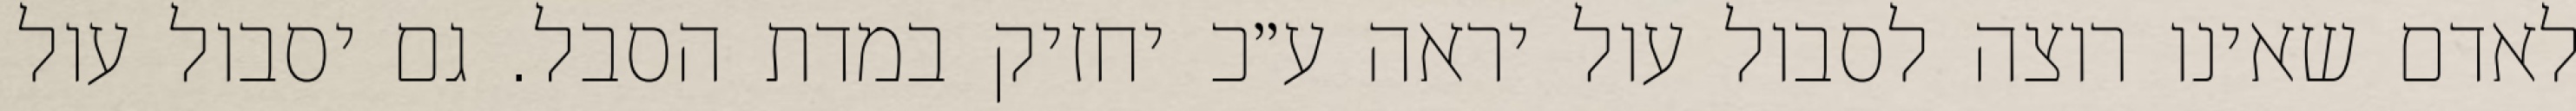
לאדם שאינו רוצה לסבול עול יראה ע״כ יחזיק במדת הסבל. גם יסבול עול